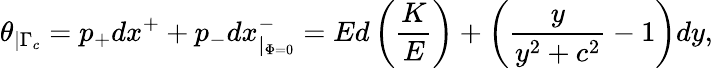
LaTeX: \theta_{\mid\Gamma_{c}}=p_{+}dx^{+}+p_{-}dx_{\mid_{\Phi=0}}^{-}=Ed\left(\frac{K}{E}\right)+\left(\frac{y}{y^{2}+c^{2}}-1\right)dy,